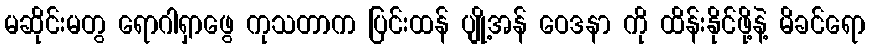
မဆိုင်းမတွ ရောဂါရှာဖွေ ကုသတာက ပြင်းထန် ပျို့အန် ဝေဒနာ ကို ထိန်းနိုင်ဖို့နဲ့ မိခင်ရော